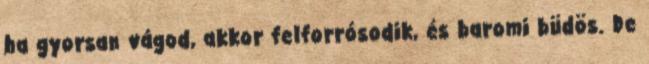
ha gyorsan vágod, akkor felforrósodik, és baromi büdös. De